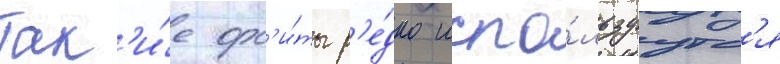
Так'и́е орб'и́ты р'е́дко испо́льзуутс'я